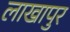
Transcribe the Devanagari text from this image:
लाखापुर